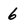
Character: 6